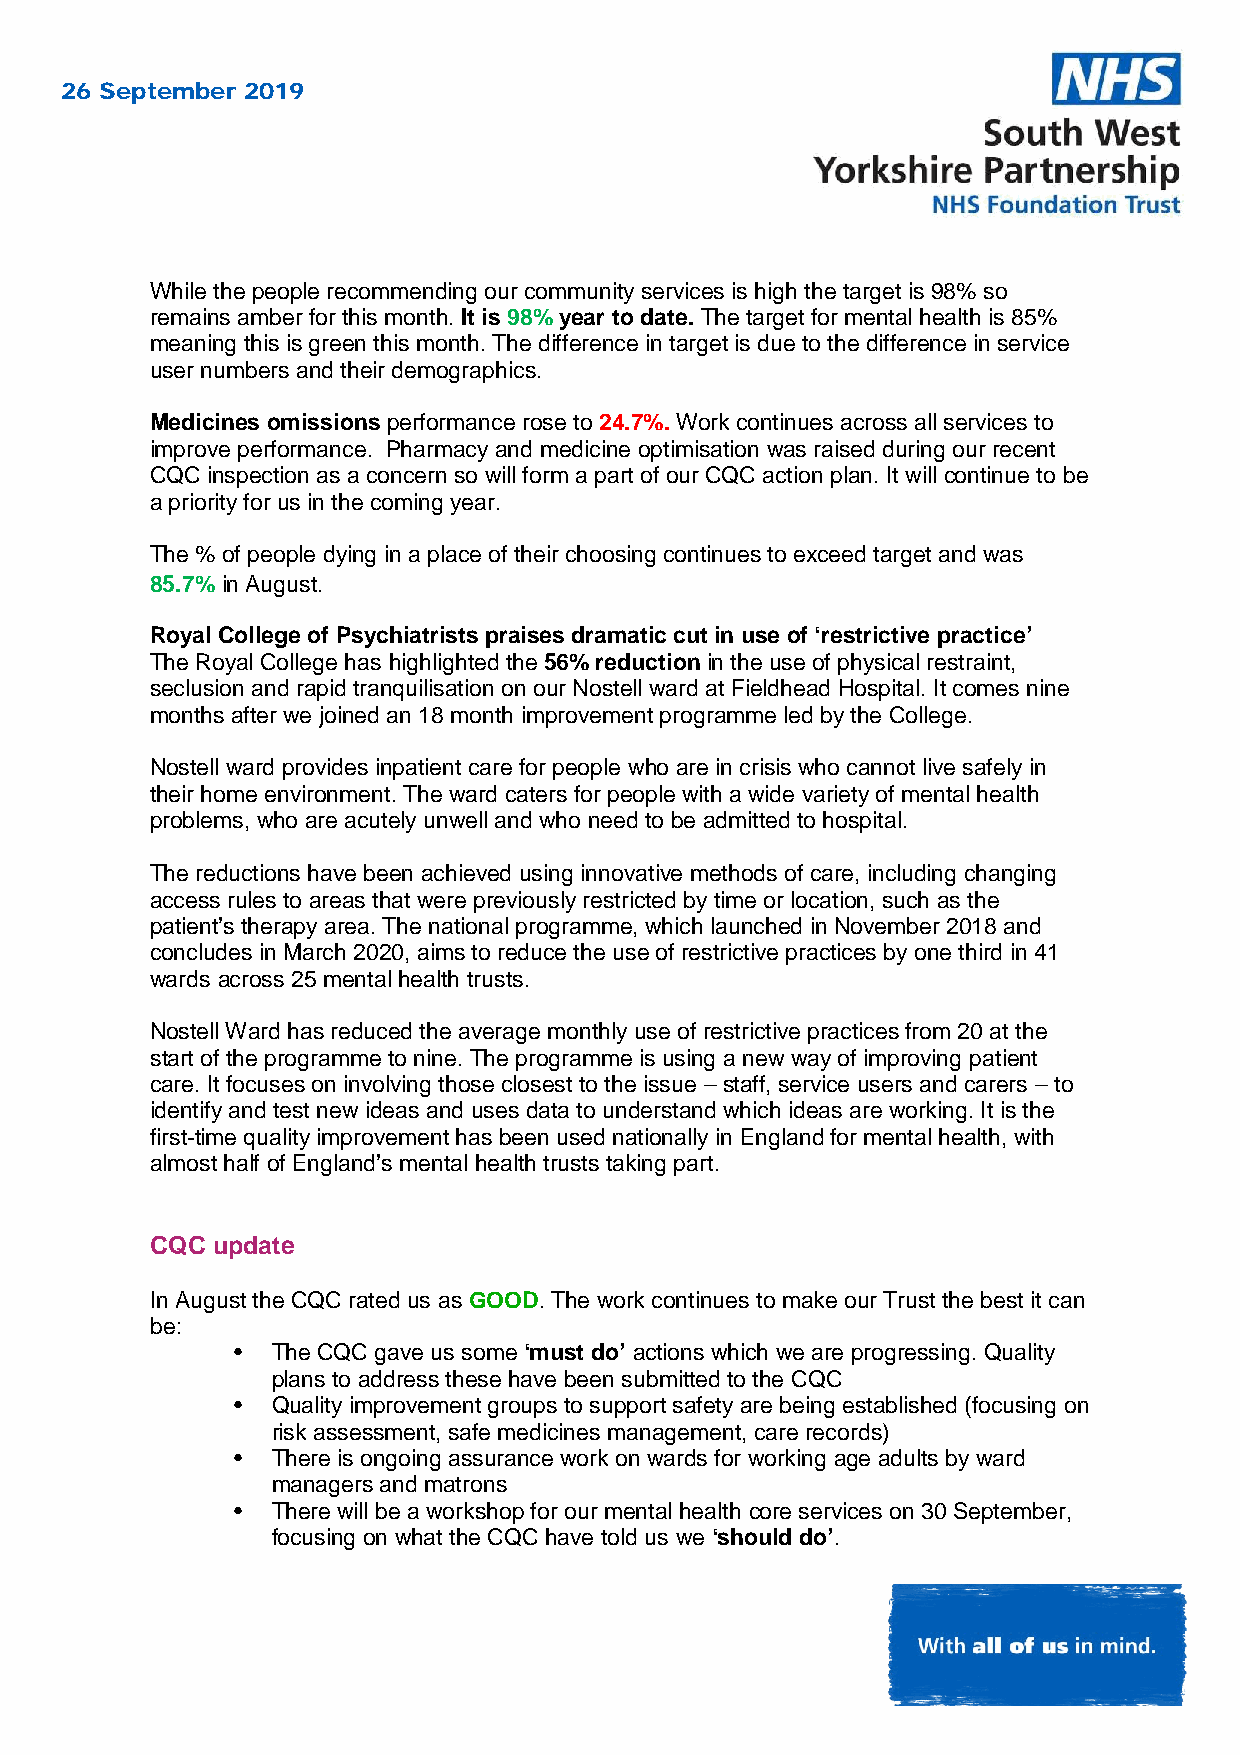
26 September 2019
 While the people recommending our community services is high the target is 98% so
 remains amber for this month. It is 98% year to date. The target for mental health is 85%
 meaning this is green this month. The difference in target is due to the difference in service
 user numbers and their demographics.
 Medicines omissions performance rose to 24.7%. Work continues across all services to
 improve performance. Pharmacy and medicine optimisation was raised during our recent
 CQC inspection as a concern so will form a part of our CQC action plan. It will continue to be
 a priority for us in the coming year.
 The % of people dying in a place of their choosing continues to exceed target and was
 85.7% in August.
 Royal College of Psychiatrists praises dramatic cut in use of ‘restrictive practice’
 The Royal College has highlighted the 56% reduction in the use of physical restraint,
 seclusion and rapid tranquilisation on our Nostell ward at Fieldhead Hospital. It comes nine
 months after we joined an 18 month improvement programme led by the College.
 Nostell ward provides inpatient care for people who are in crisis who cannot live safely in
 their home environment. The ward caters for people with a wide variety of mental health
 problems, who are acutely unwell and who need to be admitted to hospital.
 The reductions have been achieved using innovative methods of care, including changing
 access rules to areas that were previously restricted by time or location, such as the
 patient’s therapy area. The national programme, which launched in November 2018 and
 concludes in March 2020, aims to reduce the use of restrictive practices by one third in 41
 wards across 25 mental health trusts.
 Nostell Ward has reduced the average monthly use of restrictive practices from 20 at the
 start of the programme to nine. The programme is using a new way of improving patient
 care. It focuses on involving those closest to the issue – staff, service users and carers – to
 identify and test new ideas and uses data to understand which ideas are working. It is the
 first-time quality improvement has been used nationally in England for mental health, with
 almost half of England’s mental health trusts taking part.
 CQC update
 In August the CQC rated us as GOOD. The work continues to make our Trust the best it can
 be:
 •  The CQC gave us some ‘must do’ actions which we are progressing. Quality
 plans to address these have been submitted to the CQC
 •  Quality improvement groups to support safety are being established (focusing on
 risk assessment, safe medicines management, care records)
 •  There is ongoing assurance work on wards for working age adults by ward
 managers and matrons
 •  There will be a workshop for our mental health core services on 30 September,
 focusing on what the CQC have told us we ‘should do’.